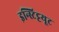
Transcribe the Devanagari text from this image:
इन्स्टिट्टयूट